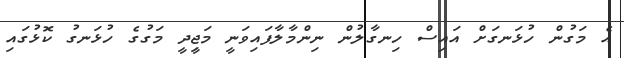
އެ މަގުން ހުޅަނގަށް އައިސް ހިނގާލުން ނިންމާލާފައިވަނީ މަޖިީދީ މަގުގެ ހުޅަނގު ކޮޅުގައި